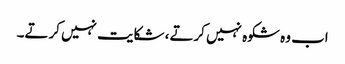
اب وہ شکوہ نہیں کرتے، شکایت نہیں کرتے۔